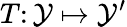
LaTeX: T\colon\mathcal{Y}\mapsto\mathcal{Y}^{\prime}